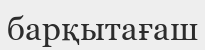
барқытағаш